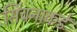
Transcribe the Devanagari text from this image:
सिंचनाकडे